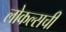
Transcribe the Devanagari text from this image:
लोकल्सची